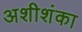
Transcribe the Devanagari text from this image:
अशीशंका